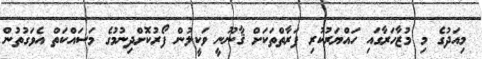
މިއަދުގެ މި މުޒާހަރާގައި ހައްޔަރުކުރި ފަރާތްތަކަށް ޤާނޫނީ ވަކީލުން ފޯރުކޮށްދިނުމުގެ މަސައްކަތް އެވަގުތުން